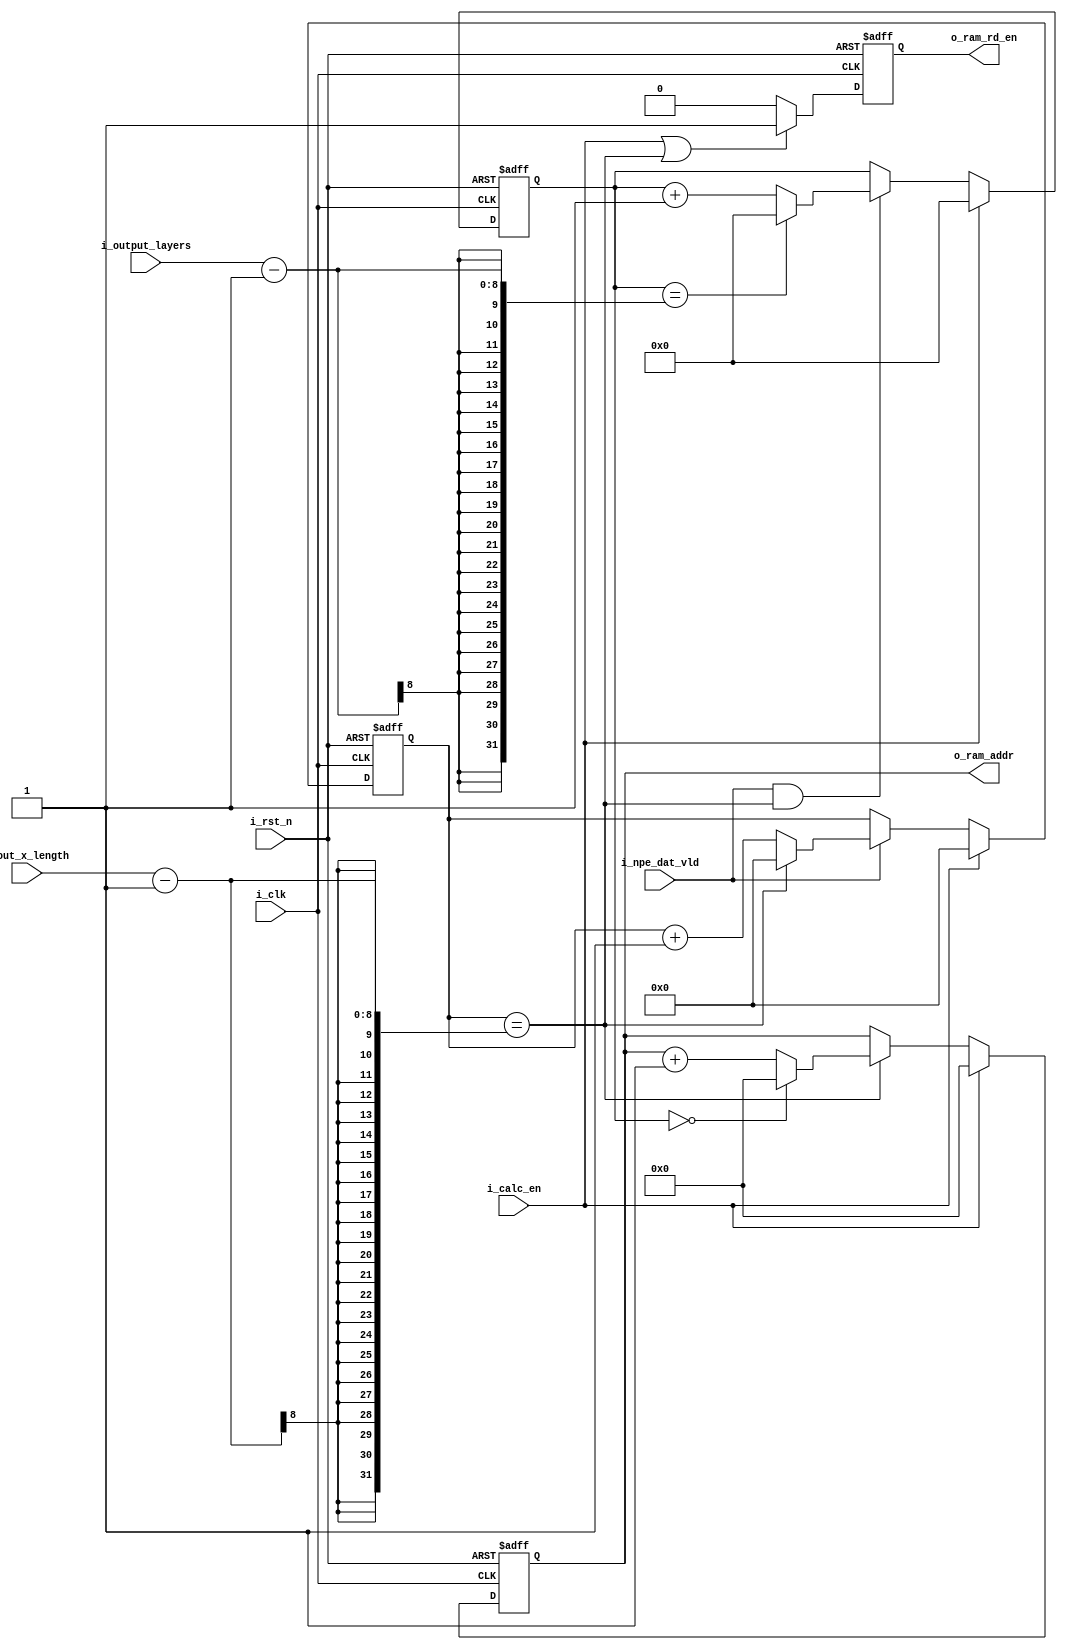
`timescale 1ns / 1ps
//////////////////////////////////////////////////////////////////////////////////
// Company: 
// 
// Design Name: 
// Module Name: bias_dat_gen
// Project Name: 
// Target Devices: 
// Tool Versions: 
// Description: 
// BIASRAM
// Dependencies: 
// 
// Revision:
// Revision 0.01 - File Created
// Additional Comments:
// 
//////////////////////////////////////////////////////////////////////////////////


module ram_addr_gen
#(
	parameter ADDR_WIDTH = 7
)
(
    input i_clk,
    input i_rst_n,
    input [7:0] i_out_x_length,
  //  input [7:0] i_out_y_length,
    input [7:0] i_output_layers,
    input i_calc_en,
    input i_npe_dat_vld,
    output reg [ADDR_WIDTH - 1:0] o_ram_addr,
    output                        o_ram_rd_en
    );
    
   reg [11:0] r_cur_outXLength;
   reg [11:0] r_cur_outYLength;
   reg [8:0]  r_cur_outlayers;
   reg        r_ram_rd_en;
   
   wire c_outlayerEn;
   assign c_outlayerEn = (r_cur_outXLength == i_out_x_length -1);
   assign o_ram_rd_en = r_ram_rd_en;
   
   always@(posedge i_clk or negedge i_rst_n)begin
       if(!i_rst_n)
        r_cur_outXLength <= 11'h0;
       else if(i_calc_en)
          r_cur_outXLength <= 11'h0;
       else
           if(i_npe_dat_vld)
              if(c_outlayerEn)
               r_cur_outXLength <= 11'h0;
              else 
               r_cur_outXLength <= r_cur_outXLength + 1;
           else 
               r_cur_outXLength <= r_cur_outXLength;
    end 

         
    always@(posedge i_clk or negedge i_rst_n)begin
       if(!i_rst_n)
        r_cur_outlayers <= 8'h0;
       else if(i_calc_en)
        r_cur_outlayers <= 8'h0;
       else
           if(i_npe_dat_vld &&c_outlayerEn)
              if(r_cur_outlayers == i_output_layers-1)
               r_cur_outlayers <= 8'h0;
              else 
               r_cur_outlayers <= r_cur_outlayers + 1;
           else 
               r_cur_outlayers <= r_cur_outlayers;
    end 
         

    always@(posedge i_clk or negedge i_rst_n)begin
        if( !i_rst_n )
            o_ram_addr <= {ADDR_WIDTH{1'b0}};
        else if(i_calc_en)
            o_ram_addr <= {ADDR_WIDTH{1'b0}};
        else if(c_outlayerEn)
               if(r_cur_outlayers == 9'h0)
                o_ram_addr <= 0;
              else
                o_ram_addr <= o_ram_addr +1;
        else
            o_ram_addr <= o_ram_addr;
    end

   always @(posedge i_clk or negedge i_rst_n) begin 
       if(~i_rst_n) 
            r_ram_rd_en <= 0;  
        else if(i_calc_en|c_outlayerEn)
          r_ram_rd_en <= 1'b1 ;
        else 
            r_ram_rd_en <= 0;
   end
   
endmodule